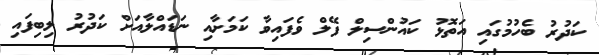
ކަދުރު ބެހުމުގައި އަތޮޅު ކައުންސިލް ފޭލް ވެފައިވާ ކަމަށާއި ނަޑައްލާއަށް ކަދުރު ލިބިފައި